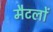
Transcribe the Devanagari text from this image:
मैटलों